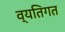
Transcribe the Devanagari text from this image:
व्‍यतिगत